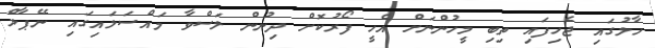
ހާލުގައި ޖެހިފައި ތިބި މީހުންނަށް އެހީ ފޯރުކޮށް ދިނުން ލަސްވާ މައްސަލައިގައި ނޭޕާލް